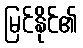
မြင်နိုင်၏